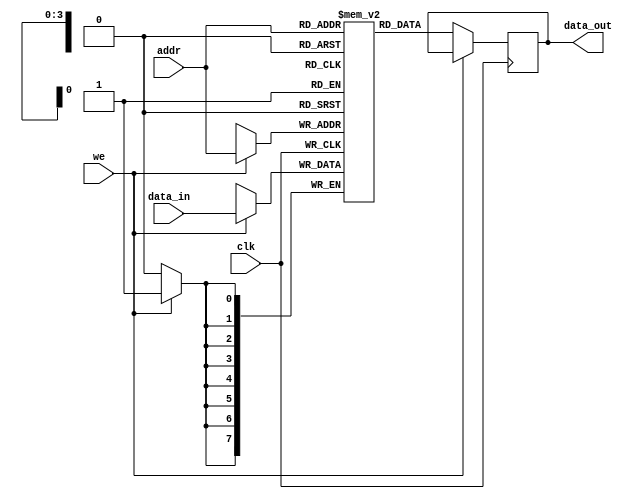
module single_port_ram #(
    parameter DATA_WIDTH = 8,  // Specify the data width (in bits)
    parameter ADDR_WIDTH = 4   // Specify the address width (in bits)
)(
    input wire clk,             // Clock signal
    input wire we,              // Write enable signal
    input wire [ADDR_WIDTH-1:0] addr, // Address input
    input wire [DATA_WIDTH-1:0] data_in, // Input data bus
    output reg [DATA_WIDTH-1:0] data_out // Output data bus
);

    // Memory array declaration
    reg [DATA_WIDTH-1:0] ram [(2**ADDR_WIDTH)-1:0];

    // Synchronous read/write operation
    always @(posedge clk) begin
        if (we) begin
            // Write operation
            ram[addr] <= data_in;
        end else begin
            // Read operation
            data_out <= ram[addr];
        end
    end

    // Optional: Asynchronous reset (uncomment if needed)
    // input wire rst; // Reset signal
    // always @(posedge clk or posedge rst) begin
    //     if (rst) begin
    //         // Initialize memory to zero
    //         integer i;
    //         for (i = 0; i < (2**ADDR_WIDTH); i = i + 1) begin
    //             ram[i] <= {DATA_WIDTH{1'b0}};
    //         end
    //     end else begin
    //         if (we) begin
    //             ram[addr] <= data_in;
    //         end else begin
    //             data_out <= ram[addr];
    //         end
    //     end
    // end

endmodule